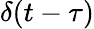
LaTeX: \delta(t-\tau)